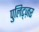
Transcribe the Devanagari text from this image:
पुलिट्ज़र